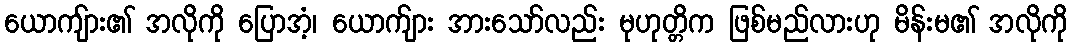
ယောကျ်ား၏ အလိုကို ပြောအံ့၊ ယောက်ျား အားသော်လည်း မုဟုတ္တိက ဖြစ်မည်လားဟု မိန်းမ၏ အလိုကို